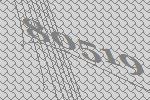
80519